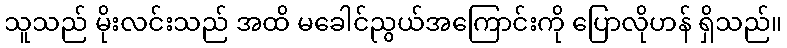
သူသည် မိုးလင်းသည် အထိ မခေါင်ညွယ်အကြောင်းကို ပြောလိုဟန် ရှိသည်။